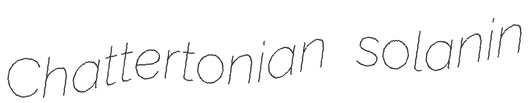
Chattertonian solanin